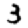
Digit: 3